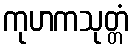
ကုဟကသုတ္တံ